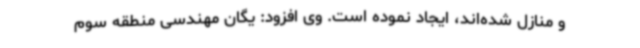
و منازل شده‌اند، ایجاد نموده است. وی افزود: یگان مهندسی منطقه سوم